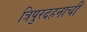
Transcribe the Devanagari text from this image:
त्रिपुरदहनाची